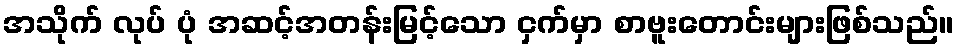
အသိုက် လုပ် ပုံ အဆင့်အတန်းမြင့်သော ငှက်မှာ စာဗူးတောင်းများဖြစ်သည်။